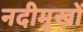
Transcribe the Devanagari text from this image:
नदीमुखों